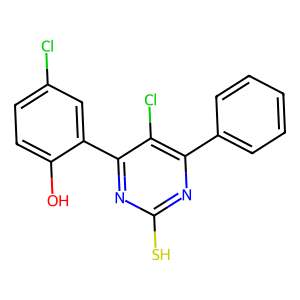
SMILES: Oc1ccc(Cl)cc1-c1nc(S)nc(-c2ccccc2)c1Cl
Inhibits HIV replication: No